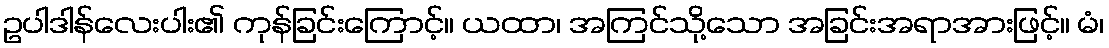
ဥပါဒါန်လေးပါး၏ ကုန်ခြင်းကြောင့်။ ယထာ၊ အကြင်သို့သော အခြင်းအရာအားဖြင့်။ မံ၊